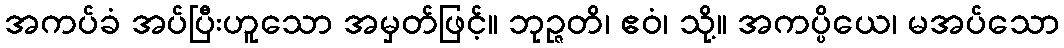
အကပ်ခံ အပ်ပြီးဟူသော အမှတ်ဖြင့်။ ဘုဉ္ဇတိ၊ ဧဝံ၊ သို့။ အကပ္ပိယေ၊ မအပ်သော